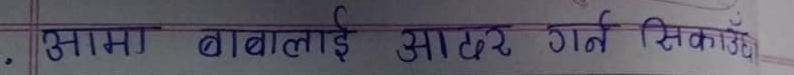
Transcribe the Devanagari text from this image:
आमा बाबुलाई आदर गर्न सिकाऊँ